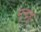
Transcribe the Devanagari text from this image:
मून्द्र्हु